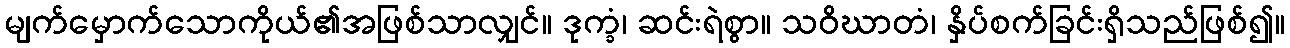
မျက်မှောက်သောကိုယ်၏အဖြစ်သာလျှင်။ ဒုက္ခံ၊ ဆင်းရဲစွာ။ သဝိဃာတံ၊ နှိပ်စက်ခြင်းရှိသည်ဖြစ်၍။